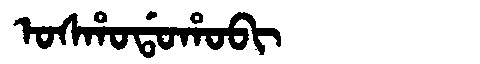
Manchu: ᠣᠰᡥᠣᡩᠣᡥᠣᠪᡳ
Romanization: OSHODOHOBI